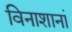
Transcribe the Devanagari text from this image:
विनाशानां